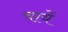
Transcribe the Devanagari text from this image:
चायें